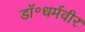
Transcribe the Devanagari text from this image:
डॉ॰धर्मवीर